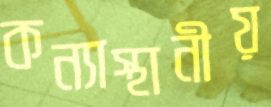
কন্যাস্থানীয়